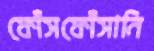
ফোঁসফোঁসানি